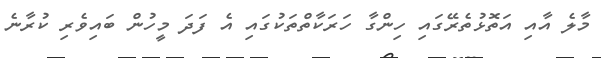
މާލެ އާއި އަތޮޅުތެރޭގައި ހިންގާ ހަރަކާތްތަކުގައި އެ ފަދަ މީހުން ބައިވެރި ކުރާނެ